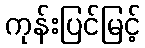
ကုန်းပြင်မြင့်